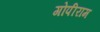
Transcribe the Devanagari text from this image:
गोपीराम